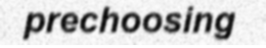
prechoosing